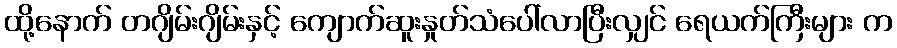
ထို့နောက် တဂျိမ်းဂျိမ်းနှင့် ကျောက်ဆူးနှုတ်သံပေါ်လာပြီးလျှင် ရေယက်ကြီးများ က